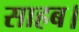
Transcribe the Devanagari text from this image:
साहब।